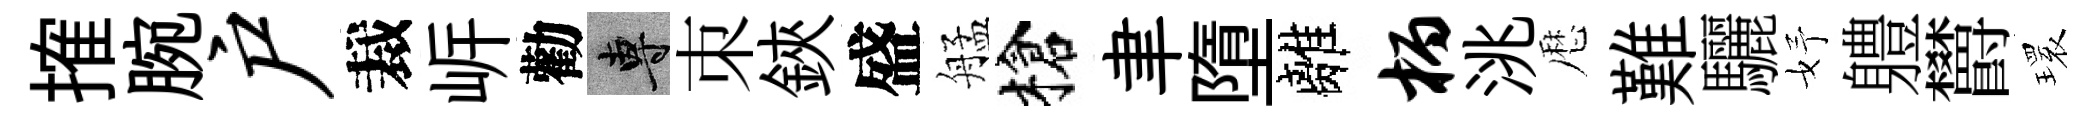
搉腕户裁㟁勸專朿鋏盛艋槍聿墮離柄洮厯難驪妤軆欝𤨔